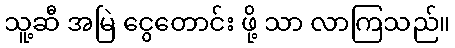
သူ့ဆီ အမြဲ ငွေတောင်း ဖို့ သာ လာကြသည်။